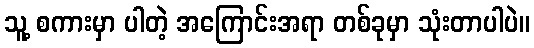
သူ့ စကားမှာ ပါတဲ့ အကြောင်းအရာ တစ်ခုမှာ သုံးတာပါပဲ။